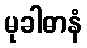
မုခါဓာနံ